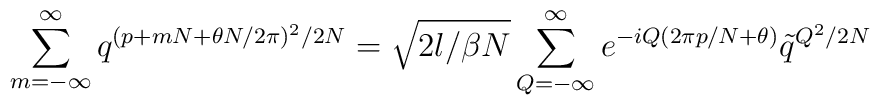
\sum_{m=-\infty}^\infty q^{(p+mN+\theta N/2\pi)^2/2N}=\sqrt{2l/\beta N}\sum_{Q=-\infty}^\infty e^{-iQ(2\pi p/N+\theta)}\tilde q^{Q^2/2N}